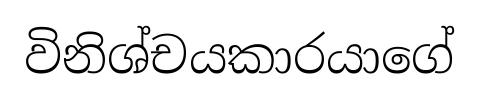
විනිශ්චයකාරයාගේ